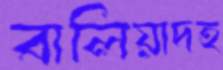
বালিয়াদহ